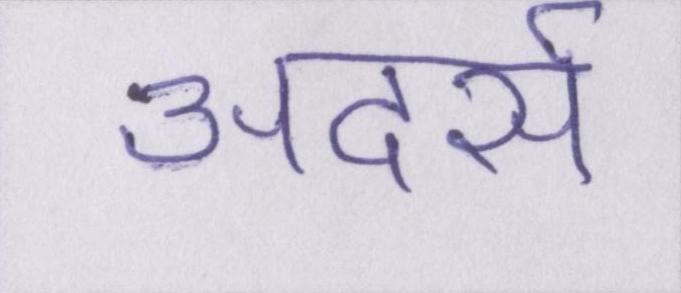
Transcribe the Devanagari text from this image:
अदर्स